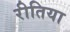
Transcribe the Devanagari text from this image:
रीतिया